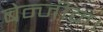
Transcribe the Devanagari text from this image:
बेन्जीन।